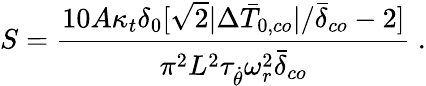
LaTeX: S=\frac{10A\kappa_{t}\delta_{0}[\sqrt{2}|\Delta\bar{T}_{0,co}|/\bar{\delta}_{co}-2]}{\pi^{2}L^{2}\tau_{\dot{\theta}}\omega_{r}^{2}\bar{\delta}_{co}}\ .